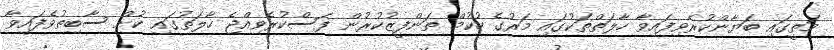
މަތީގައި ބަޔާންކުރެވިފައިވާ ހާލަތްތަކުގައި މަރުގެ ހުކުމް ތަންފީޒުކުރުން ފަސްކުރެވިއްޖެ ހާލަތުގައި ކުށް ސާބިތުވެފައިވާ